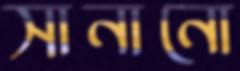
সানানো